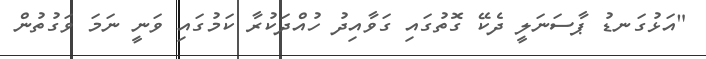
"އަޅުގަނޑު ޕާސަނަލީ ދެކޭ ގޮތުގައި ގަވާއިދު ހުއްދަކުރާ ކަމުގައި ވަނީ ނަމަ ވަގުތުން